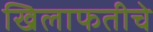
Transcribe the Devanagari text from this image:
खिलाफतीचे